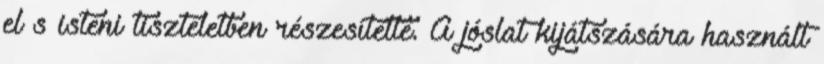
el s isteni tiszteletben részesítette. A jóslat kijátszására használt